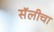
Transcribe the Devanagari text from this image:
सॅलीचा